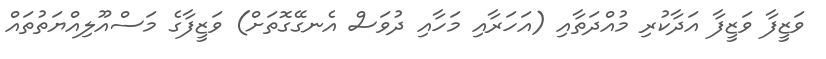
ވަޒީފާ ވަޒީފާ އަދާކުރި މުއްދަތާއި (އަހަރާއި މަހާއި ދުވަސް އެނގޭގޮތަށް) ވަޒީފާގެ މަސްއޫލިއްޔަތުތައް